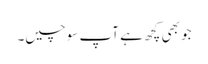
جو بھی کچھ ہے آپ سوچیں۔